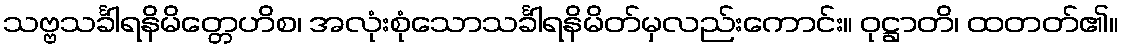
သဗ္ဗသင်္ခါရနိမိတ္တေဟိစ၊ အလုံးစုံသောသင်္ခါရနိမိတ်မှလည်းကောင်း။ ဝုဋ္ဌာတိ၊ ထတတ်၏။